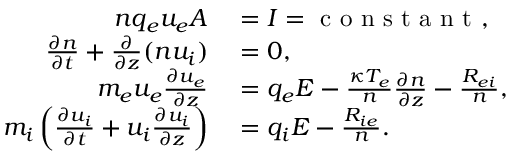
\begin{array} { r l } { n q _ { e } u _ { e } A } & { { } = I = \mathrm { ~ c ~ o ~ n ~ s ~ t ~ a ~ n ~ t ~ } , } \\ { \frac { \partial n } { \partial t } + \frac { \partial } { \partial z } ( n u _ { i } ) } & { { } = 0 , } \\ { m _ { e } u _ { e } \frac { \partial u _ { e } } { \partial z } } & { { } = q _ { e } E - \frac { \kappa T _ { e } } { n } \frac { \partial n } { \partial z } - \frac { R _ { e i } } { n } , } \\ { m _ { i } \left( \frac { \partial u _ { i } } { \partial t } + u _ { i } \frac { \partial u _ { i } } { \partial z } \right) } & { { } = q _ { i } E - \frac { R _ { i e } } { n } . } \end{array}